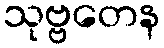
သုဗ္ဗတေန